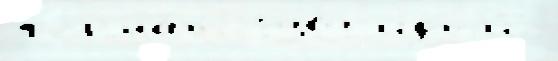
форма́т 1989 идт'и́